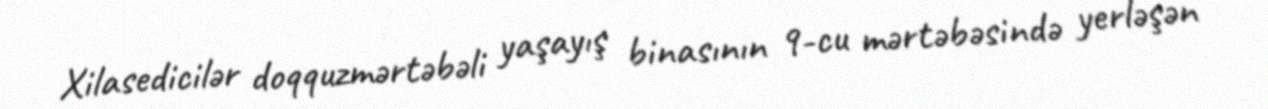
Xilasedicilər doqquzmərtəbəli yaşayış binasının 9-cu mərtəbəsində yerləşən